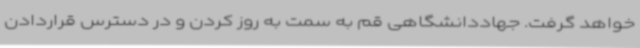
خواهد گرفت. جهاددانشگاهی قم به سمت به روز کردن و در دسترس قراردادن